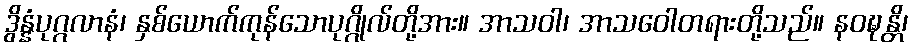
ဒွိန္နံပုဂ္ဂလာနံ၊ နှစ်ယောက်ကုန်သောပုဂ္ဂိုလ်တို့အား။ အာသဝါ၊ အာသဝေါတရားတို့သည်။ နဝဍ္ဎန္တိ၊